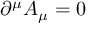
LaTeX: \partial ^ { \mu } A _ { \mu } = 0